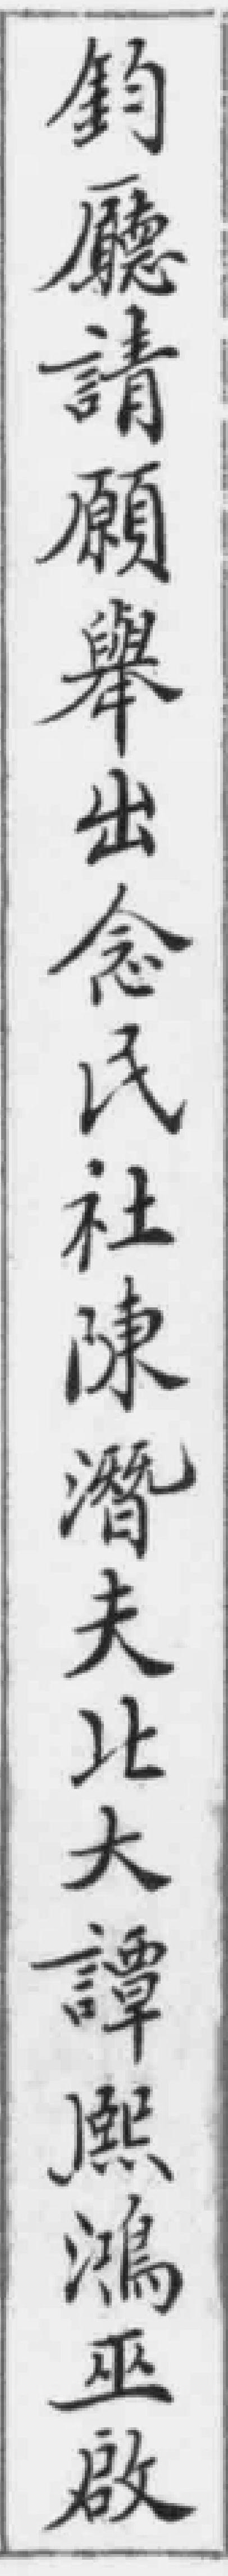
鈞廳請願舉出念民社陳潛夫北大譚熙鴻巫啟